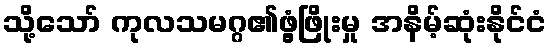
သို့သော် ကုလသမဂ္ဂ၏ဖွံ့ဖြိုးမှု အနိမ့်ဆုံးနိုင်ငံ